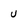
Character: U